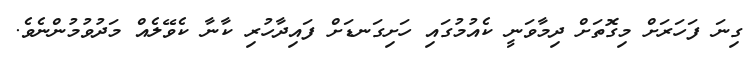
ގިނަ ފަހަރަށް މިގޮތަށް ދިމާވަނީ ކެއުމުގައި ހަށިގަނޑަށް ފައިދާހުރި ކާނާ ކެވޭލެއް މަދުވުމުންނެވެ.